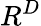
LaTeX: R^{D}